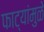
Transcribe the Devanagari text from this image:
फाट्यांमुळे